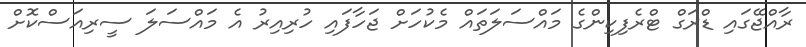
ރާއްޖޭގައި ޑްރަގް ޓްރެފިކިންގެ މައްސަލަތައް މެކުހަށް ޖަހާފައި ހުރިއިރު އެ މައްސަލަ ސީރިއަސްކޮށް